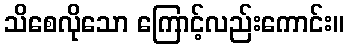
သိစေလိုသော ကြောင့်လည်းကောင်း။